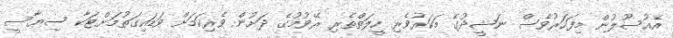
އެއުސޫލުން މިފަހަރުވެސް ނަޝީދުގެ މަކަރުވެރި ހީލަތްތެރި ރޭވުމުގެ ދަށުން ވެރިކަމަށް ވަޑައިގަތުމަށްޓަކާ ސިޔާސީ